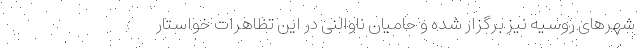
شهرهای روسیه نیز برگزار شده و حامیان ناوالنی در این تظاهرات خواستار